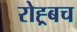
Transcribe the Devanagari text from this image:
रोह्र्बच